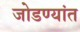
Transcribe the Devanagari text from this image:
जोडण्यांत